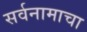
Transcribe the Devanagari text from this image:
सर्वनामाचा